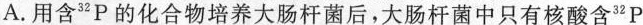
A.用含^{32}P的化合物培养大肠杆菌后，大肠杆菌中只有核酸含^{32}P